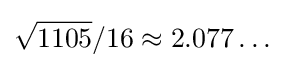
{\sqrt {1105}}/16\approx 2.077\ldots